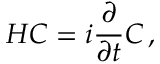
\boldsymbol { H } \boldsymbol { C } = i \frac { \partial } { \partial t } \boldsymbol { C } \, ,